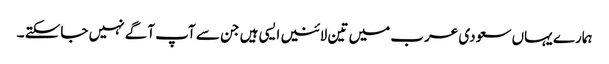
ہمارے یہاں سعودی عرب میں تین لائنیں ایسی ہیں جن سے آپ آگے نہیں جاسکتے ۔